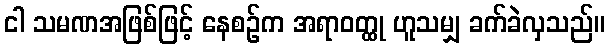
ငါ သမဏအဖြစ်ဖြင့် နေစဉ်က အရာဝတ္ထု ဟူသမျှ ခက်ခဲလှသည်။